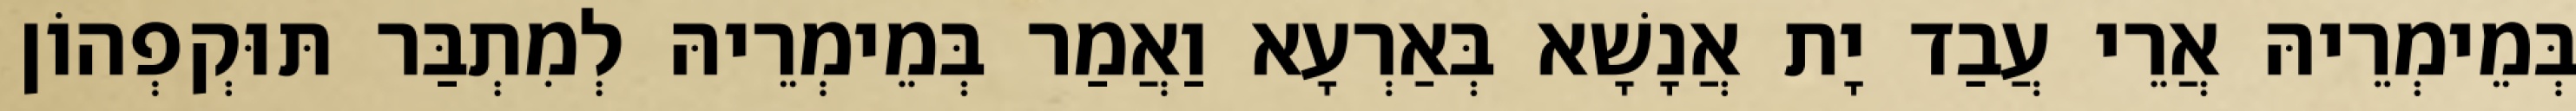
בְּמֵימְרֵיהּ אֲרֵי עֲבַד יָת אֲנָשָׁא בְּאַרְעָא וַאֲמַר בְּמֵימְרֵיהּ לְמִתְבַּר תּוּקְפְהוֹן